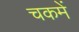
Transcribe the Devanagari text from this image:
चकमें